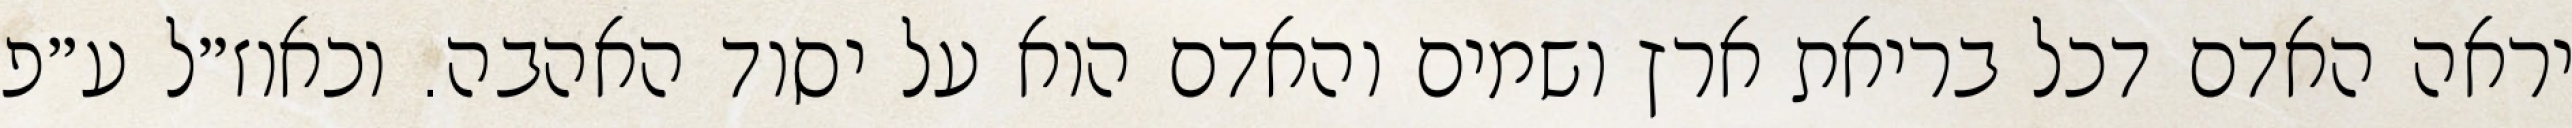
יראה האדם דכל בריאת ארץ ושמים והאדם הוא על יסוד האהבה. וכאוז״ל ע״פ